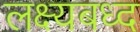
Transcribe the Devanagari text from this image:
लक्ष्यबध्द